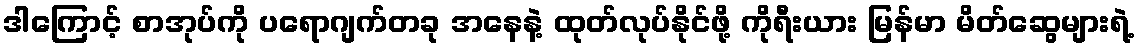
ဒါကြောင့် စာအုပ်ကို ပရောဂျက်တခု အနေနဲ့ ထုတ်လုပ်နိုင်ဖို့ ကိုရီးယား မြန်မာ မိတ်ဆွေများရဲ့